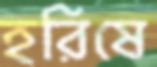
হরিষে